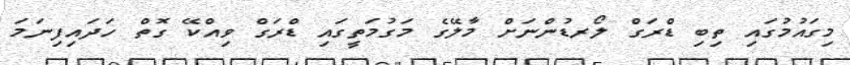
މިގައުމުގައި ތިބި ޑްރަގް ލޯރޑުންނަށް މާލޭގެ މަގުމަތީގައި ޑްރަގް ވިއްކޭ ގޮތް ހަދައިފިނަމަ